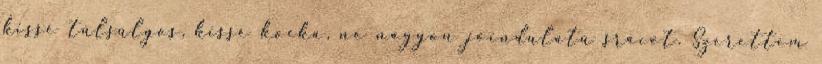
kissé túlsúlyos, kissé kocka, ne nagyon jóindulatú srácot. Szerettem